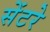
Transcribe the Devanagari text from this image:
सेंटरे